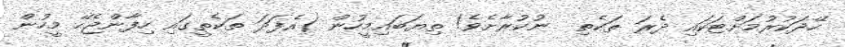
ހޭދަކުރުމަށްޓަކައި ދެރަ ތަކެތި  ނުކުރާށެވެ! ތިޔަބައިމީހުން (އެފަދަ ތަކެތީގައި ހިފާންޖެހޭ މީހުން